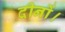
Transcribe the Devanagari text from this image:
दीनों।